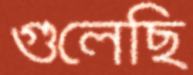
গুলেছি